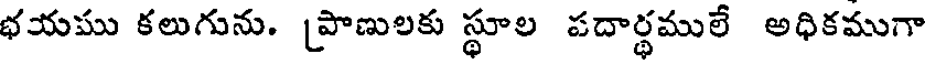
భయము కలుగును. [పొణులకు స్థూల పదార్థములే అధికముగా